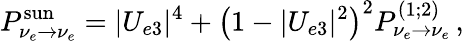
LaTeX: P_{\nu_{e}\to\nu_{e}}^{\mathrm{sun}}=|U_{e3}|^{4}+\left(1-|U_{e3}|^{2}\right)^{2}P_{\nu_{e}\to\nu_{e}}^{(1;2)}\, ,